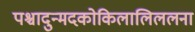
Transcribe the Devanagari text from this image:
पश्चादुन्मदकोकिलालिललना